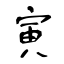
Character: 寅